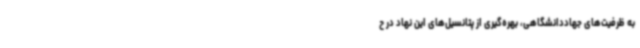
به ظرفیت‌های جهاددانشگاهی، بهره‌گیری از پتانسیل‌های این نهاد در ح